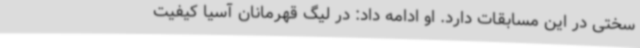
سختی در این مسابقات دارد. او ادامه داد: در لیگ قهرمانان آسیا کیفیت